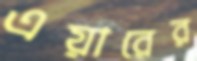
এয়ারের